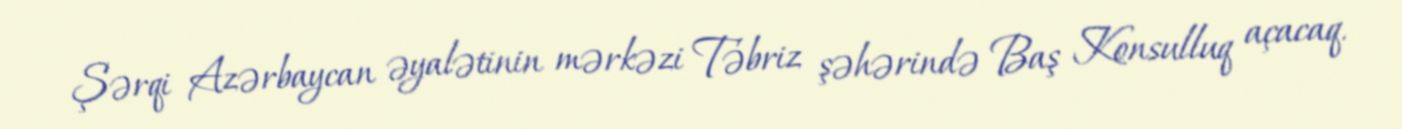
Şərqi Azərbaycan əyalətinin mərkəzi Təbriz şəhərində Baş Konsulluq açacaq.